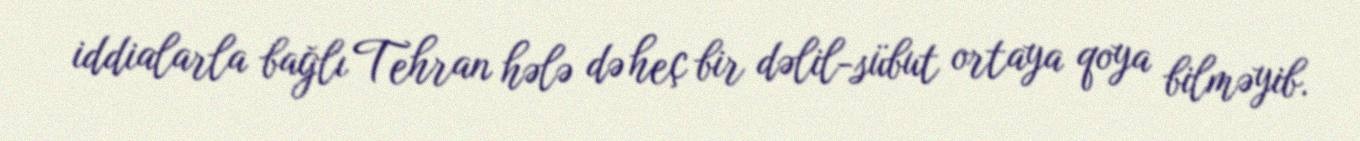
iddialarla bağlı Tehran hələ də heç bir dəlil-sübut ortaya qoya bilməyib.